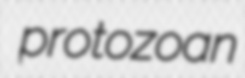
protozoan